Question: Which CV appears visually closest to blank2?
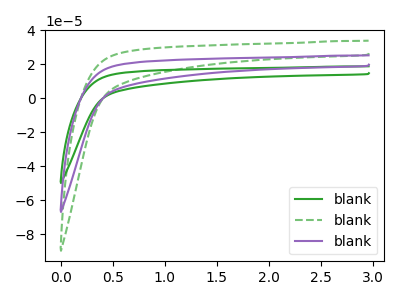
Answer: <think>The green curve "blank1" has no peaks. The green dashed curve "blank2" has no peaks. The purple curve "blank3" has no peaks.
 Neither "blank1" or "blank2" have any peaks. Neither "blank1" or "blank3" have any peaks. Neither "blank2" or "blank3" have any peaks.</think>
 <answer>"blank2" and "blank3" have a similar shape to "blank1".</answer>
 <eval>"blank2" "blank3"</eval>